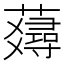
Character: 𧂇